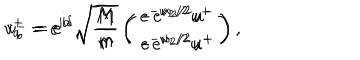
v _ { a } ^ { + } = e ^ { i \alpha } \sqrt { \frac { M } { m } } \left( \begin{matrix} { { e ^ { - w _ { 2 } / 2 } u ^ { + } } } \\ { { - e ^ { w _ { 2 } / 2 } u ^ { + } } } \\ \end{matrix} \right) \hspace { 0 . 5 c m } v _ { b } ^ { - } = e ^ { i \delta } \sqrt { \frac { M } { m } } \left( \begin{matrix} { { - e ^ { w _ { 2 } / 2 } u ^ { - } } } \\ { { e ^ { - w _ { 2 } / 2 } u ^ { - } } } \\ \end{matrix} \right) ,